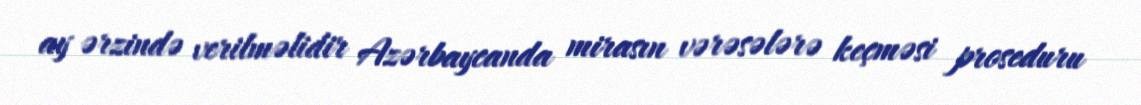
ay ərzində verilməlidir Azərbaycanda mirasın vərəsələrə keçməsi proseduru